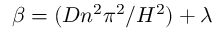
\beta = ( D n ^ { 2 } \pi ^ { 2 } / H ^ { 2 } ) + \lambda